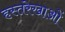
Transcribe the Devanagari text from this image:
हस्तरेखाओं